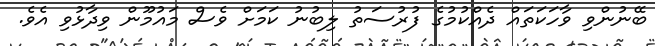
ބޭނުންވި ވާހަކަތައް ދެއްކުމުގެ ފުރުސަތު ލިބުނު ކަމަށް ވެސް މައުމޫން ވިދާޅުވި އެވެ.